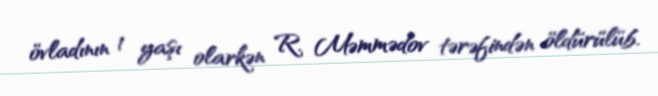
övladının 1 yaşı olarkən R. Məmmədov tərəfindən öldürülüb.